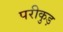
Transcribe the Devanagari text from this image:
परीकुड़